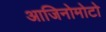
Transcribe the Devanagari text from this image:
आजिनोमोटो